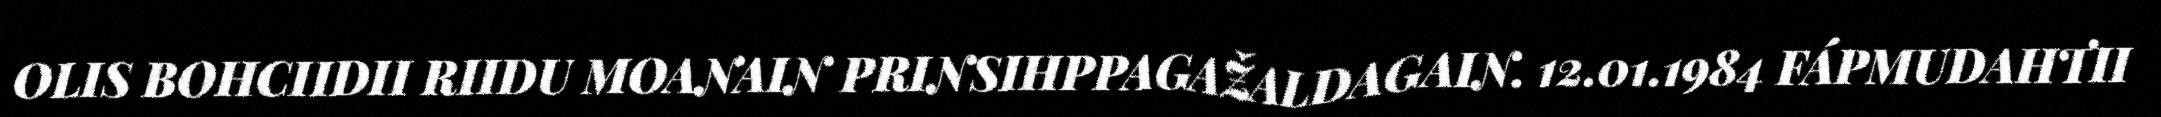
OLIS BOHCIIDII RIIDU MOANAIN PRINSIHPPAGAŽALDAGAIN. 12.01.1984 FÁPMUDAHTII